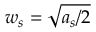
w _ { s } = \sqrt { a _ { s } / 2 }